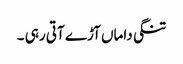
تنگی داماں آڑے آتی رہی ۔